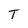
Character: T